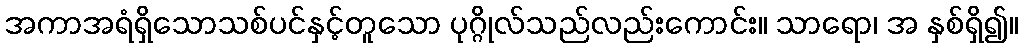
အကာအရံရှိသောသစ်ပင်နှင့်တူသော ပုဂ္ဂိုလ်သည်လည်းကောင်း။ သာရော၊ အ နှစ်ရှိ၍။